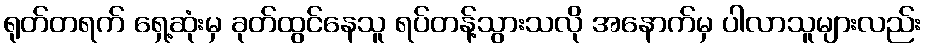
ရုတ်တရက် ရှေ့ဆုံးမှ ခုတ်ထွင်နေသူ ရပ်တန့်သွားသလို အနောက်မှ ပါလာသူများလည်း